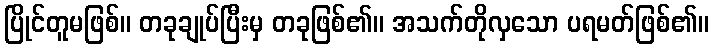
ပြိုင်တူမဖြစ်။ တခုချုပ်ပြီးမှ တခုဖြစ်၏။ အသက်တိုလှသော ပရမတ်ဖြစ်၏။